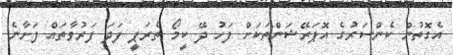
އެގޮތުން ކެންސަރުގެ އޮޕަރޭޝަންތަކަށް ފަހު ދޭ ކީމޯ ތެރަޕީ ފަދަ ފަރުވާތައް ފަށާނެ